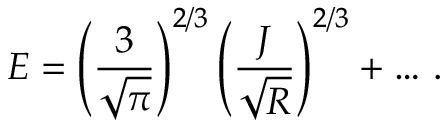
E = \left( \frac { 3 } { \sqrt { \pi } } \right) ^ { 2 / 3 } \left( \frac { J } { \sqrt { R } } \right) ^ { 2 / 3 } + \ldots \, .